Lunatic asylums Madras 1892-1911 - 1892-1911
Year: 1892
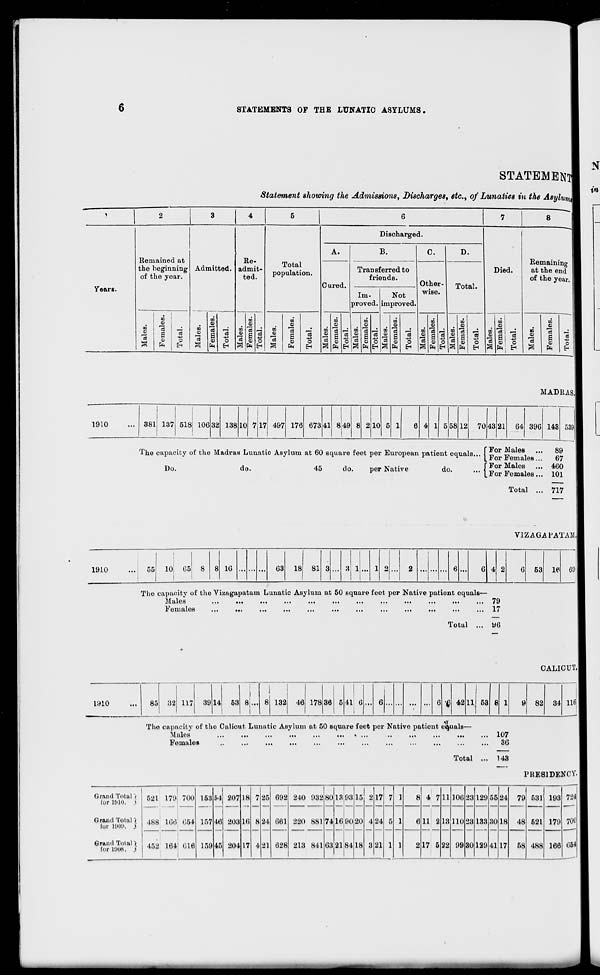
6
STATEMENTS OF THE LUNATIC ASYLUMS.
STATEM EN r .
Statement showing the Admissions, Discharges, etc., of Lunatics in the Asylum!
1
2
3
4
5
6
7
8
Discharged.
•
A.
B.
C.
D.
Remained at
Re-
Total
population.
Remaining
at the end
of the year
the beginning
of the year.
Admitted. admit-
ted.
Transferred to
friends.
Died.
Cured.
Other-
Total.
Years.
Im-
Not
WlStJ.
proved. improved.
m {
en
m
m
CO
en
m
m
.
•
CO
ID
CD
(I)
CO
CO
«o
CO
(1)
CO
CO
00
CO
"5
3
Fema
Total.
m
CO
3
03
a
CO
lit
3
o 3 s
CO
ft
13
■ o
E-"
m
<x>
3
S
ft
"3
O
E-t
in
eg
"3
d
a
SO
ft
1
O
CO
CO
I'd
d
s o
ft
"3
-4-1
O
CO
CO
3
a
o3
a
CO
ft
li
o
EH
to
CO
3
"3
a
CO
ft
3
o
EH
CO
CO
3 s
CO
ft
5
O
EH
CO
CO
3 1 1
ft
3
1
61
10
CO
3
3
a
CD
ft
-p
0
& 1
1910
MADRAS.!
381 137 518 106 32 138 10
17 497 176 673 41 8 49 8
10
6 4
58 12 70 43 21 64 396 143 539
The capacity of the Madras Lunatic Asylum at 60 square feet per European patient equals...
Do.
do.
45
do.
per Native
do.
For Males ...
89
For Females...
67
For Males ... 460
.For Females... 101
Total ... 717
VIZAGAl'ATALL
1910
55 10 65
16
63 18 81
The capacity of the Vizagapatam Lunatic Asylum at 50 square feet per Native patient equals—
Mules
...
...
...
...
...
...
...
...
...
...
•••
... 79
Females
...
...
...
...
...
...
...
...
...
...
...
... 17
Total
ye
53 16 69,
1910
85 32 117 39 14 53 8...
132 46 178 36
II
V 42 11 53
CALICUT.I
82 34 116
The capacity of the Calicut Lunatic Asylum at 50 square feet per Native patient equals-
Mules
...
...
...
...
...
Femules
Total
107
36
143
PRESIDENCY.
Grand Total /
tor 1610. i
Grand Totul 7
for 180U. )
521 179
488 166
700
654
153
157
159
54
Hi
45
207
203
204
18
16
17
7
8
4
25
24
21
692
661
628
240 932
220 881
213 841
80
74
63
1
13 93
16:90
2184
1
15
20
18
2
4
3
17
24
21
7
5
1
1
1
1
8
6
2
4 7
11 2
17 5
11
13
22
106
110
99
23
23
30
129
133
129
55
30
41
24
18
79
48
531
521
488
193
179
166
7
7
Grand Total)
for 1008, )
452 164 616
17 58
0